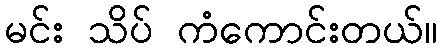
မင်း သိပ် ကံကောင်းတယ်။